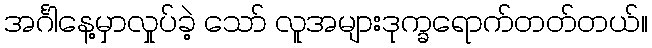
အင်္ဂါနေ့မှာလှုပ်ခဲ့ သော် လူအများဒုက္ခရောက်တတ်တယ်။